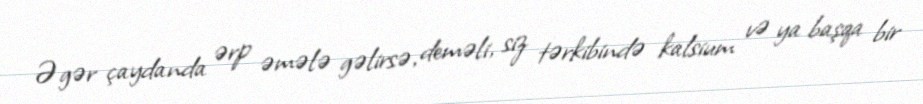
Əgər çaydanda ərp əmələ gəlirsə, deməli, siz tərkibində kalsium və ya başqa bir